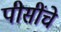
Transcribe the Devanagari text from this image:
पीसींचे